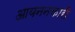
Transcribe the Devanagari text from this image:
आयननकारी